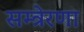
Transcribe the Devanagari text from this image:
सम्त्रेरणा